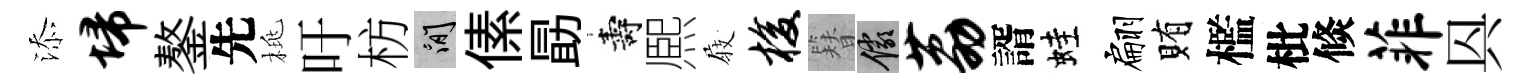
添埽鏊先桃吁枋閑傃勗壽熈𡲆梭簪儼荔諝蛙翩賄檻枇倐菲㒷